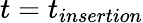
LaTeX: t=t_{insertion}